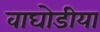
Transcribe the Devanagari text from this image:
वाघोडीया